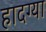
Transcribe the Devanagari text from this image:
हादग्या